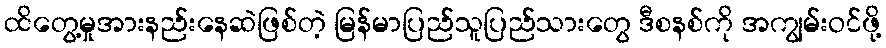
ထိတွေ့မှုအားနည်းနေဆဲဖြစ်တဲ့ မြန်မာပြည်သူပြည်သားတွေ ဒီစနစ်ကို အကျွမ်းဝင်ဖို့